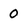
Character: 0